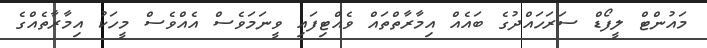
މައުންޓް ލީފޯޑް ސަރަހައްދުގެ ބައެއް އިމާރާތްތައް ވެއްޓިިފައި ވީނަމަވެސް އެއްވެސް މީހަކު އިމާރާތެއްގެ